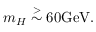
m _ { H } \stackrel { > } { \sim } 6 0 \mathrm { G e V } .